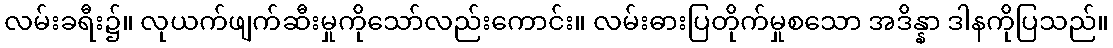
လမ်းခရီး၌။ လုယက်ဖျက်ဆီးမှုကိုသော်လည်းကောင်း။ လမ်းဓားပြတိုက်မှုစသော အဒိန္နာ ဒါနကိုပြသည်။